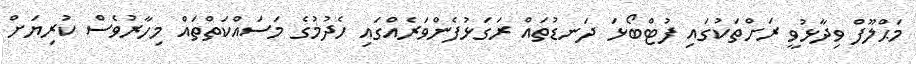
މަޙްލޫފް ވިދާޅުވީ ރަށްތަކުގައި ފުޓްބޯޅަ ދަނޑުތައް ރަގަޅުފެންވަރެއްގައި ހެދުމުގެ މަސައްކަތްތައް މިހާރުވެސް ކުރިޔަށް